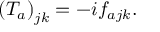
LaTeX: \left( T _ { a } \right) _ { j k } = - i f _ { a j k } .